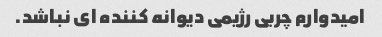
امیدوارم چربی رژیمی دیوانه کننده ای نباشد.